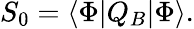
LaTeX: S_{0}=\langle\Phi|Q_{B}|\Phi\rangle.